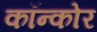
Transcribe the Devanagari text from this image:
कॉन्कोर